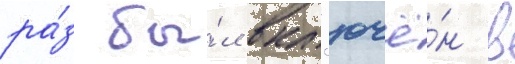
ра́з бы́л вкл'ючё́н в